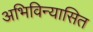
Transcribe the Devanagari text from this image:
अभिविन्यासित